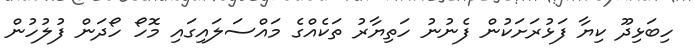
ހިބަޅިދޫ ކިޔާ ފަޅުރަށަކުން ފެނުނު ހަތިޔާރު ތަކެއްގެ މައްސަލައިގައި މޮހޯ ހޯދަން ފުލުހުން